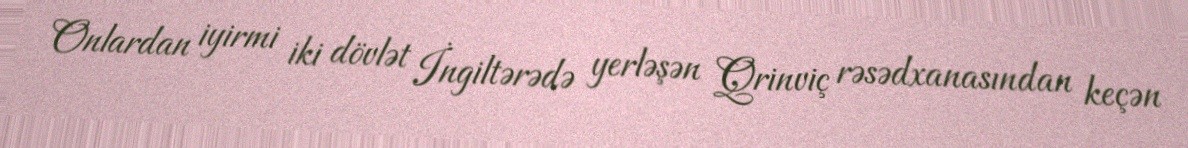
Onlardan iyirmi iki dövlət İngiltərədə yerləşən Qrinviç rəsədxanasından keçən